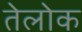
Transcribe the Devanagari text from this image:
तेलोक